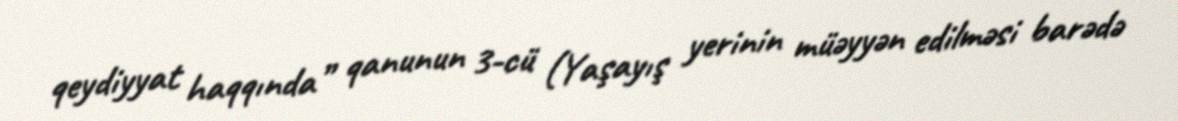
qeydiyyat haqqında” qanunun 3-cü (Yaşayış yerinin müəyyən edilməsi barədə